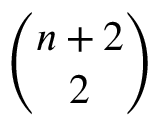
\binom { n + 2 } { 2 }